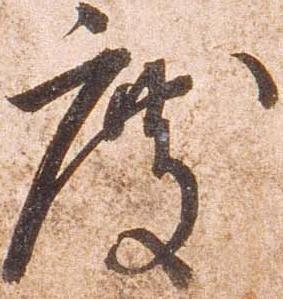
度